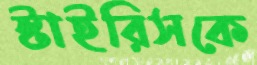
স্টাইরিসকে